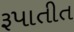
રૂપાતીત